Punjab Mental Hospital Lahore 1922-31 - 1922-1931
Year: 1922
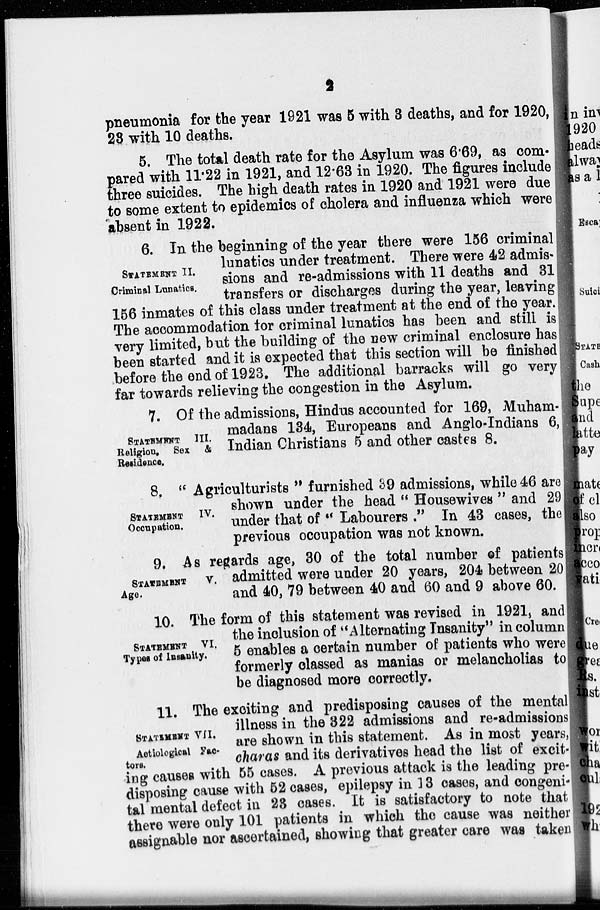
2
pneumonia for the year 1921 was 5 with 3 deaths, and for 1920,
23 with 10 deaths.
5. The total death rate for the Asylum was 6.69, as com-
pared with 11.22 in 1921, and 12.63 in 1920. The figures include
three suicides. The high death rates in 1920 and 1921 were due
to some extent to epidemics of cholera and influenza which were
absent in 1922.
STATEMENT II.
Criminal Lunatics.
6. In the beginning of the year there were 156 criminal
lunatics under treatment. There were 42 admis-
sions and re-admissions with 11 deaths and 31
transfers or discharges during the year, leaving
156 inmates of this class under treatment at the end of the year.
The accommodation for criminal lunatics has been and still is
very limited, but the building of the new criminal enclosure has
been started and it is expected that this section will be finished
before the end of 1923. The additional barracks will go very
far towards relieving the congestion in the Asylum.
STATEMENT III.
Religion, Sex &
Residence.
7. Of the admissions, Hindus accounted for 169, Muham-
madans 134, Europeans and Anglo-Indians 6,
Indian Christians 5 and other castes 8.
STATEMENT
IV.
Occupation.
8. " Agriculturists " furnished 39 admissions, while 46 are
shown under the head " Housewives " and 29
under that of " Labourers ." In 43 cases, the
previous occupation was not known.
STATEMENT V.
Age.
9. As regards age, 30 of the total number of patients
admitted were under 20 years, 204 between 20
and 40, 79 between 40 and 60 and 9 above 60.
STATEMENT VI.
Types of Insanity.
10. The form of this statement was revised in 1921, and
the inclusion of "Alternating Insanity" in column
5 enables a certain number of patients who were
formerly classed as manias or melancholias to
be diagnosed more correctly.
STATEMENT VII.
Aetiological Fac-
tors.
11. The exciting and predisposing causes of the mental
illness in the 322 admissions and re-admissions
are shown in this statement. As in most years,
charas and its derivatives head the list of excit-
ing causes with 55 cases. A previous attack is the leading pre-
disposing cause with 52 cases, epilepsy in 13 cases, and congeni-
tal mental defect in 23 cases. It is satisfactory to note that
there were only 101 patients in which the cause was neither
assignable nor ascertained, showing that greater care was taken